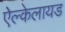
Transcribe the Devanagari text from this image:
ऐल्केलायड